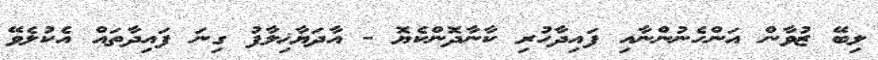
ލިބޭ ޒުވާން އަންހެނުންނާއި ފައިދާހުރި ކާނާދޮންކެޔޮ - އާދަޔާޚިލާފު ގިނަ ފައިދާތައް އެކުލެވޭ